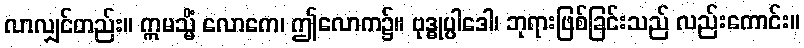
လာလျှင်တည်း။ ဣမသ္မိံ လောကေ၊ ဤလောက၌။ ဗုဒ္ဓုပ္ပါဒေါ၊ ဘုရားဖြစ်ခြင်းသည် လည်းကောင်း။